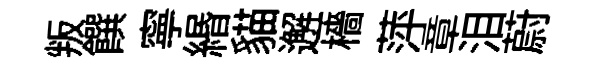
叛饌寧緡貓邂檣萍章泪蔚